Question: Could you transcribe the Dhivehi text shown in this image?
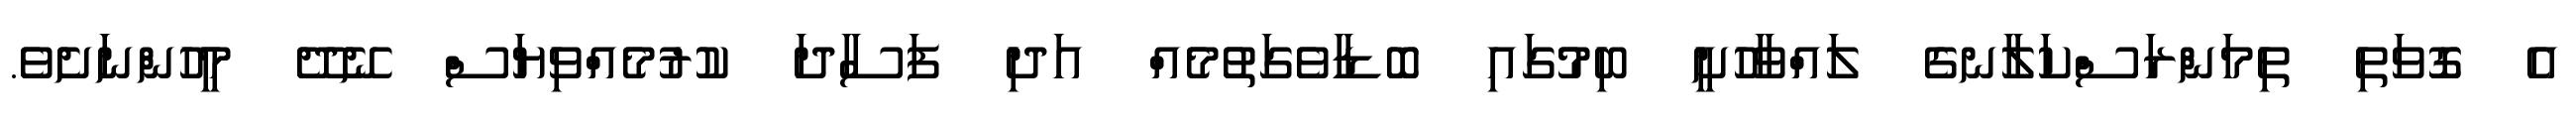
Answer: އެ ގޮވަތި ތިމަންރަސްކަލާނގެ ލައްވާހުށީ ބިމުގައި ބޮޑާވެގަތުމެއް އަދި ފަސާދަ ކުރުމެއްވިޔަސް ނޭދޭ މީހުންނަށެވެ.